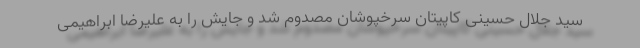
سید جلال حسینی کاپیتان سرخپوشان مصدوم شد و جایش را به علیرضا ابراهیمی